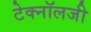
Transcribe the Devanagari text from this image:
टेक्‍नॉलजी